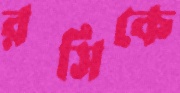
রসিকে